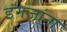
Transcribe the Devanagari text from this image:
इंगजांना